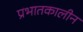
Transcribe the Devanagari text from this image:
प्रभातकालीन